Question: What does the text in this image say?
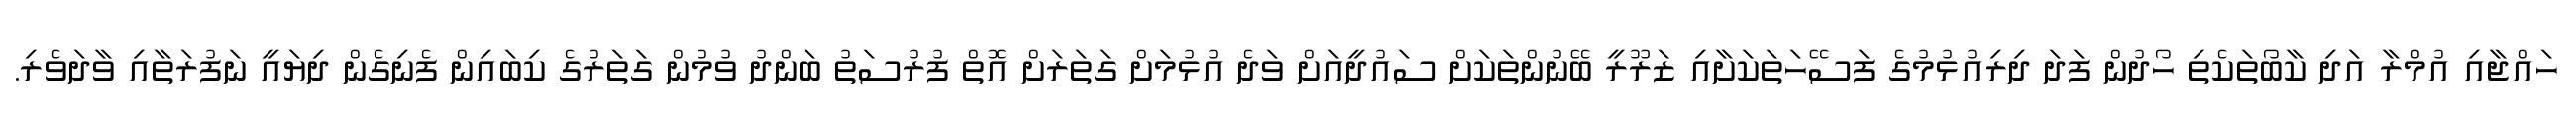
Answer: ހައްޖާއި އުމްރާ އަދި ކާބޯތަކެތި ހޯދުން ފަދަ ދިރިއުޅުމުގެ ފަސޭހަތަކަށާއި ޒަރޫރީ ބޭނުންތަކަށް ސައުދީއަށް ވަދެ އުޅުމަށް ގަތަރަށް އޮތް ފުރުސަތު ބަންދު ވުމުން ގަތަރުގެ ކިބައިން ފެނިގެން ދިޔައީ ނަފުރަތާއި ވާދަވެރި.